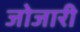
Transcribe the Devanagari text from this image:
जोजारी